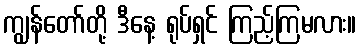
ကျွန်တော်တို့ ဒီနေ့ ရုပ်ရှင် ကြည့်ကြမလား။